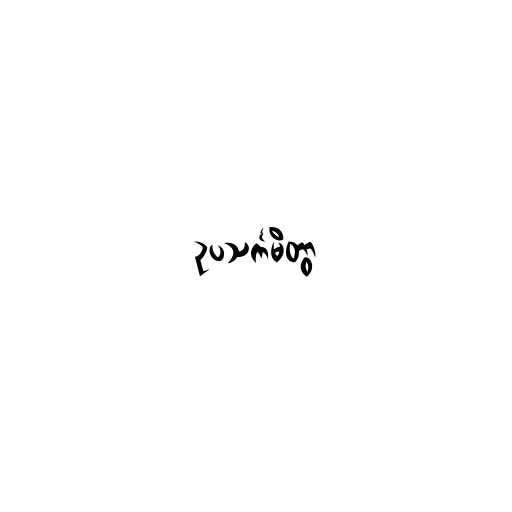
ဥပသင်္ကမိတွာ